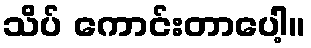
သိပ် ကောင်းတာပေါ့။